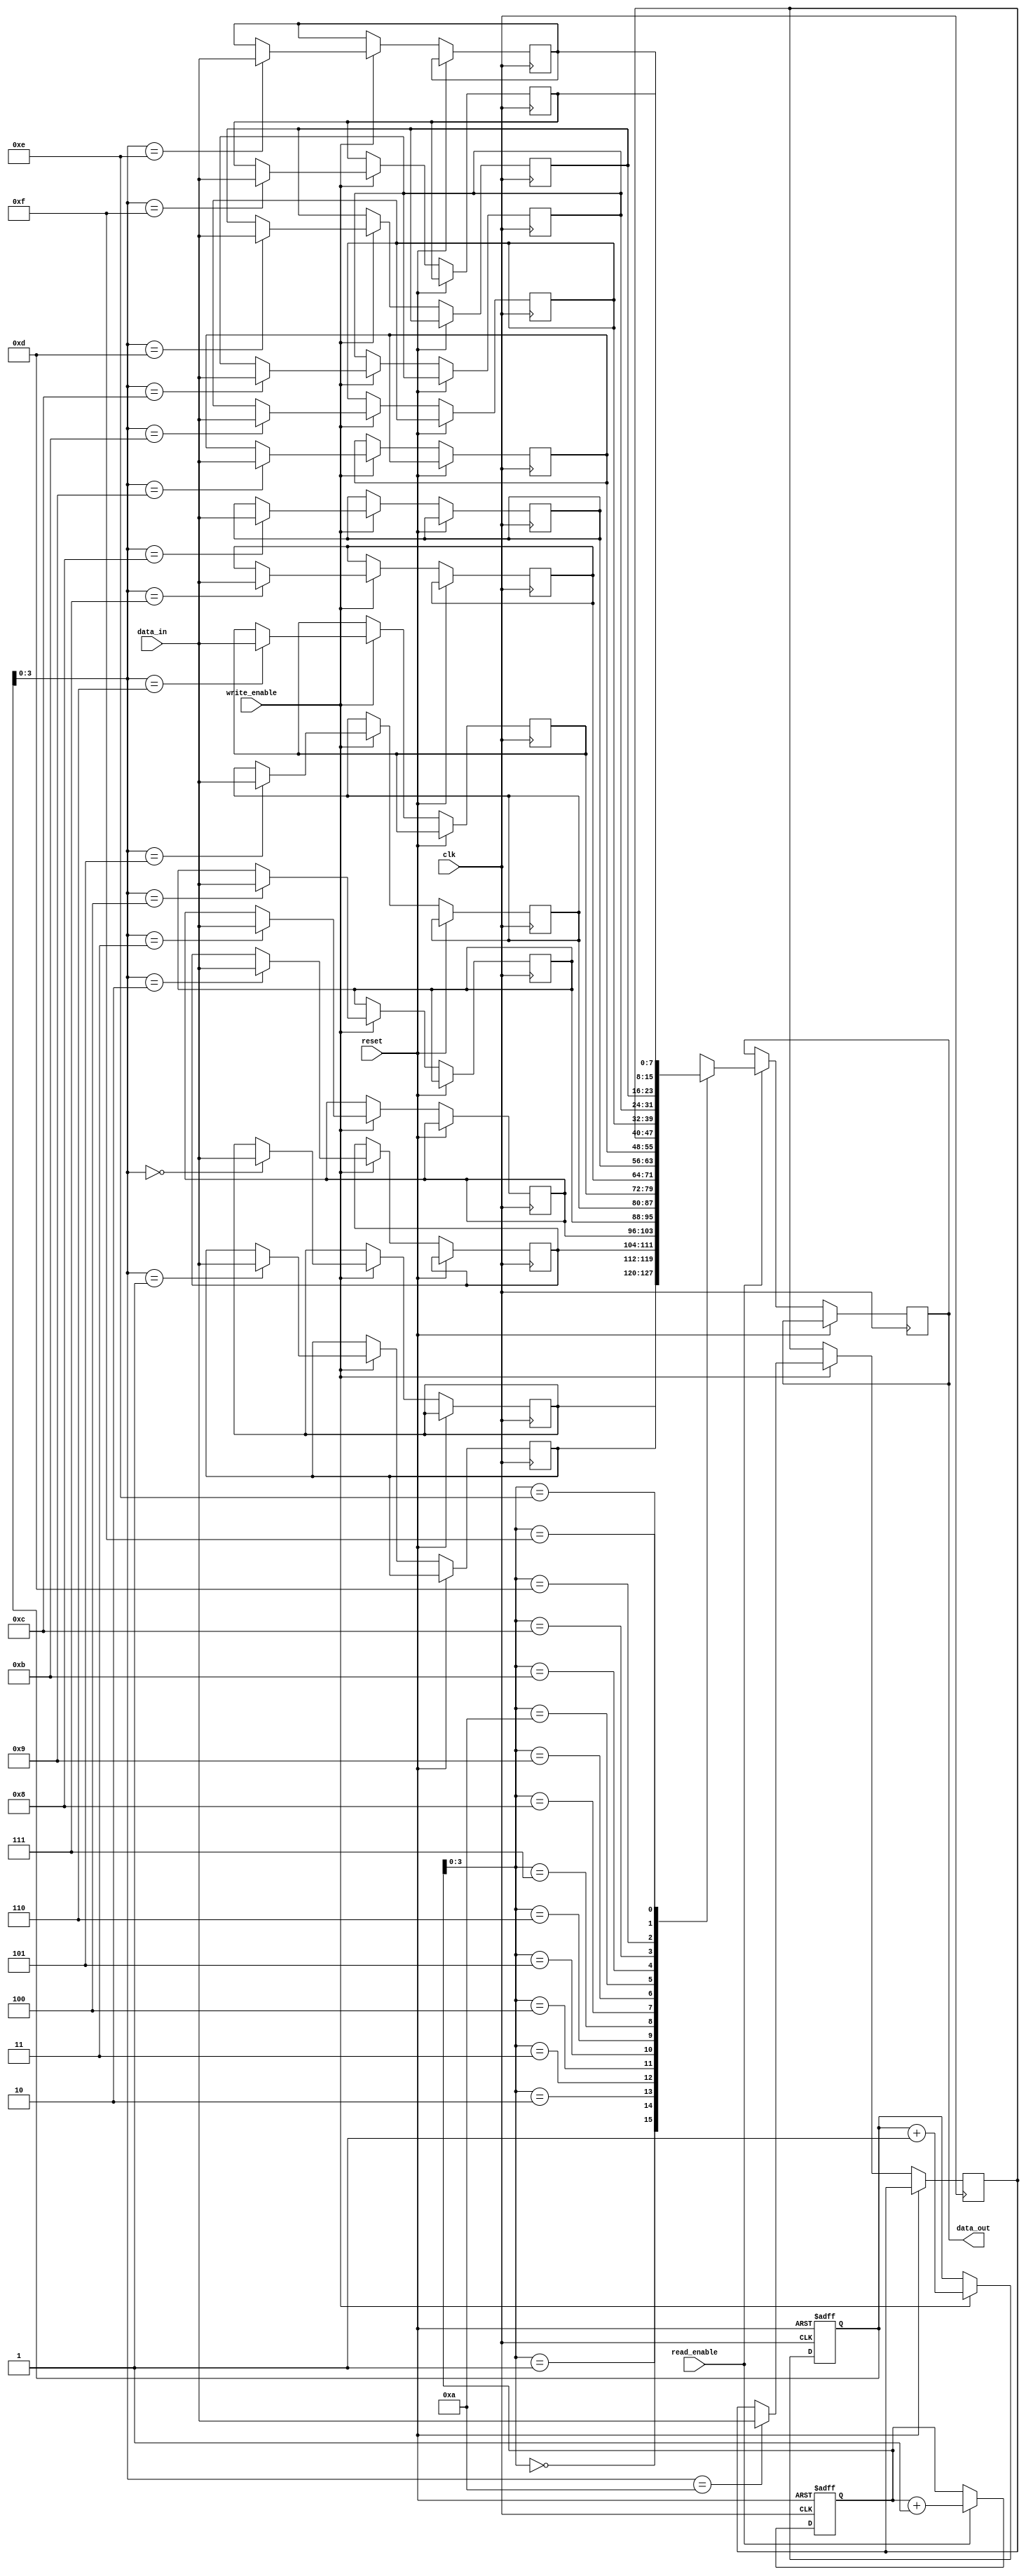
module FirstWordFallThroughFIFO (
    input wire clk,
    input wire reset,
    input wire write_enable,
    input wire read_enable,
    input wire [DATA_WIDTH-1:0] data_in,
    output reg [DATA_WIDTH-1:0] data_out
);

parameter DEPTH = 16;
parameter DATA_WIDTH = 8;

reg [DATA_WIDTH-1:0] memory [DEPTH-1:0];
reg [4:0] write_ptr;
reg [4:0] read_ptr;

always @ (posedge clk or posedge reset)
begin
    if (reset) begin
        write_ptr <= 5'b0;
        read_ptr <= 5'b0;
    end
    else begin
        if (write_enable) begin
            memory[write_ptr] <= data_in;
            write_ptr <= write_ptr + 1;
        end
        
        if (read_enable) begin
            data_out <= memory[read_ptr];
            read_ptr <= read_ptr + 1;
        end
    end
end

endmodule